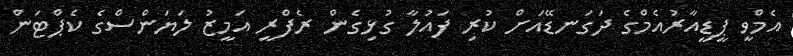
އެމްވީ ޕީޑީއާރުއެމްގެ ދަގަނޑޭއަށް ކުރި ފައުލާ ގުޅިގެން ރެފްރީ އަމީޒު ލަޔަންސްގެ ކެޕްޓަން